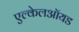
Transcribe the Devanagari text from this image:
एल्केलऑयड